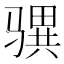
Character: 𩨎